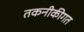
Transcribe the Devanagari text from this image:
तकनीकीगत